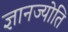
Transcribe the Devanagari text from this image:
ज्ञानज्योति